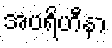
အပရိဟီနာ